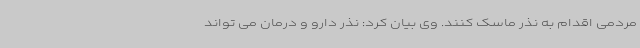
مردمی اقدام به نذر ماسک کنند. وی بیان کرد: نذر دارو و درمان می تواند